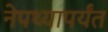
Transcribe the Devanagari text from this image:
नेपथ्यापर्यंत